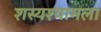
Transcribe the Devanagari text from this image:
शस्यश्यामला